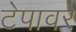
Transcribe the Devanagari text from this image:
टेपावर